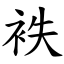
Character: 袟